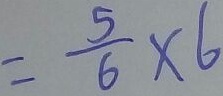
= \frac { 5 } { 6 } \times 6